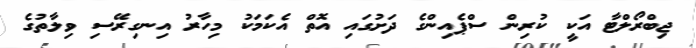
ޖިބްރޯލްޓާ އަކީ ކުރިން ސްޕެއިންގެ ދަށުގައި އޮތް އެކަމަކު މިހާރު އިނގިރޭސި ވިލާތުގެ